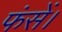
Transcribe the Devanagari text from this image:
फंसें।